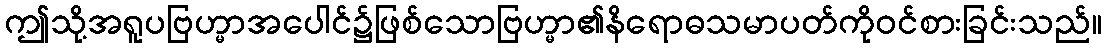
ဤသို့အရူပဗြဟ္မာအပေါင်၌ဖြစ်သောဗြဟ္မာ၏နိရောဓသမာပတ်ကိုဝင်စားခြင်းသည်။